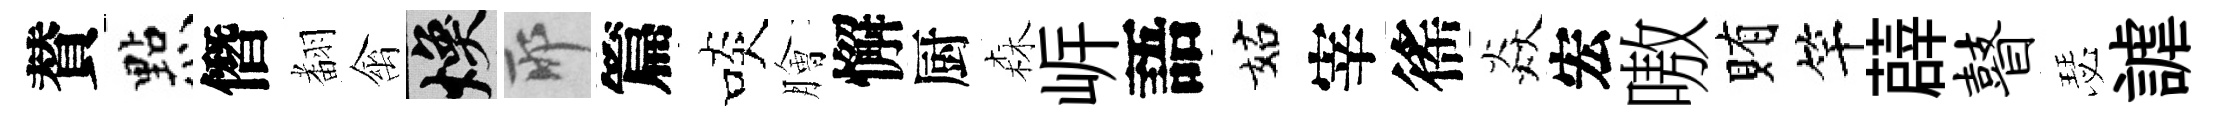
賛㸃僭𮋒禽焕耶篇啖膾懈厨森㟁語姑宰徭焱宏嗷賄竿薜瞽瑟謔